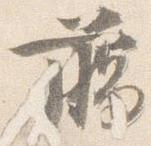
臈